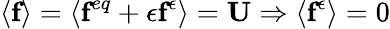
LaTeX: \left\langle\textbf{f}\right\rangle=\left\langle\textbf{f}^{eq}+\epsilon\textbf{f}^{\epsilon}\right\rangle=\textbf{U}\Rightarrow\left\langle\textbf{f}^{\epsilon}\right\rangle=0